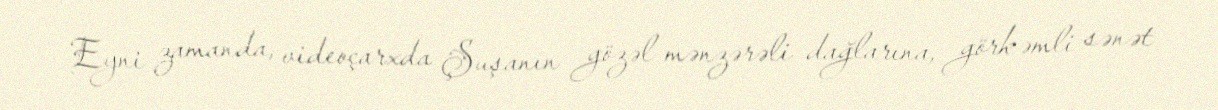
Eyni zamanda, videoçarxda Şuşanın gözəl mənzərəli dağlarına, görkəmli sənət